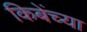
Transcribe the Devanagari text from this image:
किबेंच्या